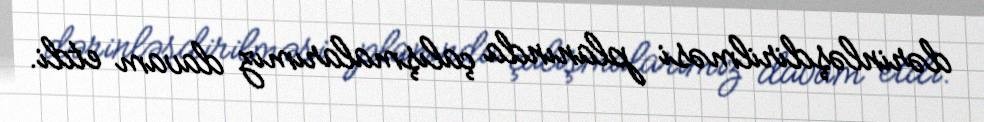
dərinləşdirilməsi planında çalışmalarımız davam etdi.